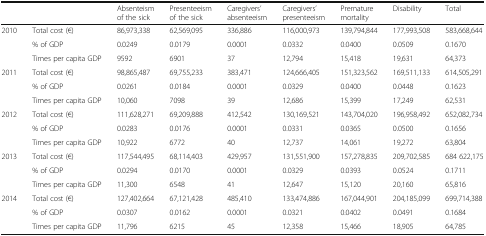
<table><thead><tr><td colspan="2"></td><td><b>Absenteism of the sick</b></td><td><b>Presenteeism of the sick</b></td><td><b>Caregivers’ absenteeism</b></td><td><b>Caregivers’ presenteeism</b></td><td><b>Premature mortality</b></td><td><b>Disability</b></td><td><b>Total</b></td></tr></thead><tbody><tr><td rowspan="3">2010</td><td>Total cost (€)</td><td>86,973,338</td><td>62,569,095</td><td>336,886</td><td>116,000,973</td><td>139,794,844</td><td>177,993,508</td><td>583,668,644</td></tr><tr><td>% of GDP</td><td>0.0249</td><td>0.0179</td><td>0.0001</td><td>0.0332</td><td>0.0400</td><td>0.0509</td><td>0.1670</td></tr><tr><td>Times per capita GDP</td><td>9592</td><td>6901</td><td>37</td><td>12,794</td><td>15,418</td><td>19,631</td><td>64,373</td></tr><tr><td rowspan="3">2011</td><td>Total cost (€)</td><td>98,865,487</td><td>69,755,233</td><td>383,471</td><td>124,666,405</td><td>151,323,562</td><td>169,511,133</td><td>614,505,291</td></tr><tr><td>% of GDP</td><td>0.0261</td><td>0.0184</td><td>0.0001</td><td>0.0329</td><td>0.0400</td><td>0.0448</td><td>0.1623</td></tr><tr><td>Times per capita GDP</td><td>10,060</td><td>7098</td><td>39</td><td>12,686</td><td>15,399</td><td>17,249</td><td>62,531</td></tr><tr><td rowspan="3">2012</td><td>Total cost (€)</td><td>111,628,271</td><td>69,209,888</td><td>412,542</td><td>130,169,521</td><td>143,704,020</td><td>196,958,492</td><td>652,082,734</td></tr><tr><td>% of GDP</td><td>0.0283</td><td>0.0176</td><td>0.0001</td><td>0.0331</td><td>0.0365</td><td>0.0500</td><td>0.1656</td></tr><tr><td>Times per capita GDP</td><td>10,922</td><td>6772</td><td>40</td><td>12,737</td><td>14,061</td><td>19,272</td><td>63,804</td></tr><tr><td rowspan="3">2013</td><td>Total cost (€)</td><td>117,544,495</td><td>68,114,403</td><td>429,957</td><td>131,551,900</td><td>157,278,835</td><td>209,702,585</td><td>684 622,175</td></tr><tr><td>% of GDP</td><td>0.0294</td><td>0.0170</td><td>0.0001</td><td>0.0329</td><td>0.0393</td><td>0.0524</td><td>0.1711</td></tr><tr><td>Times per capita GDP</td><td>11,300</td><td>6548</td><td>41</td><td>12,647</td><td>15,120</td><td>20,160</td><td>65,816</td></tr><tr><td rowspan="3">2014</td><td>Total cost (€)</td><td>127,402,664</td><td>67,121,428</td><td>485,410</td><td>133,474,886</td><td>167,044,901</td><td>204,185,099</td><td>699,714,388</td></tr><tr><td>% of GDP</td><td>0.0307</td><td>0.0162</td><td>0.0001</td><td>0.0321</td><td>0.0402</td><td>0.0491</td><td>0.1684</td></tr><tr><td>Times per capita GDP</td><td>11,796</td><td>6215</td><td>45</td><td>12,358</td><td>15,466</td><td>18,905</td><td>64,785</td></tr></tbody></table>